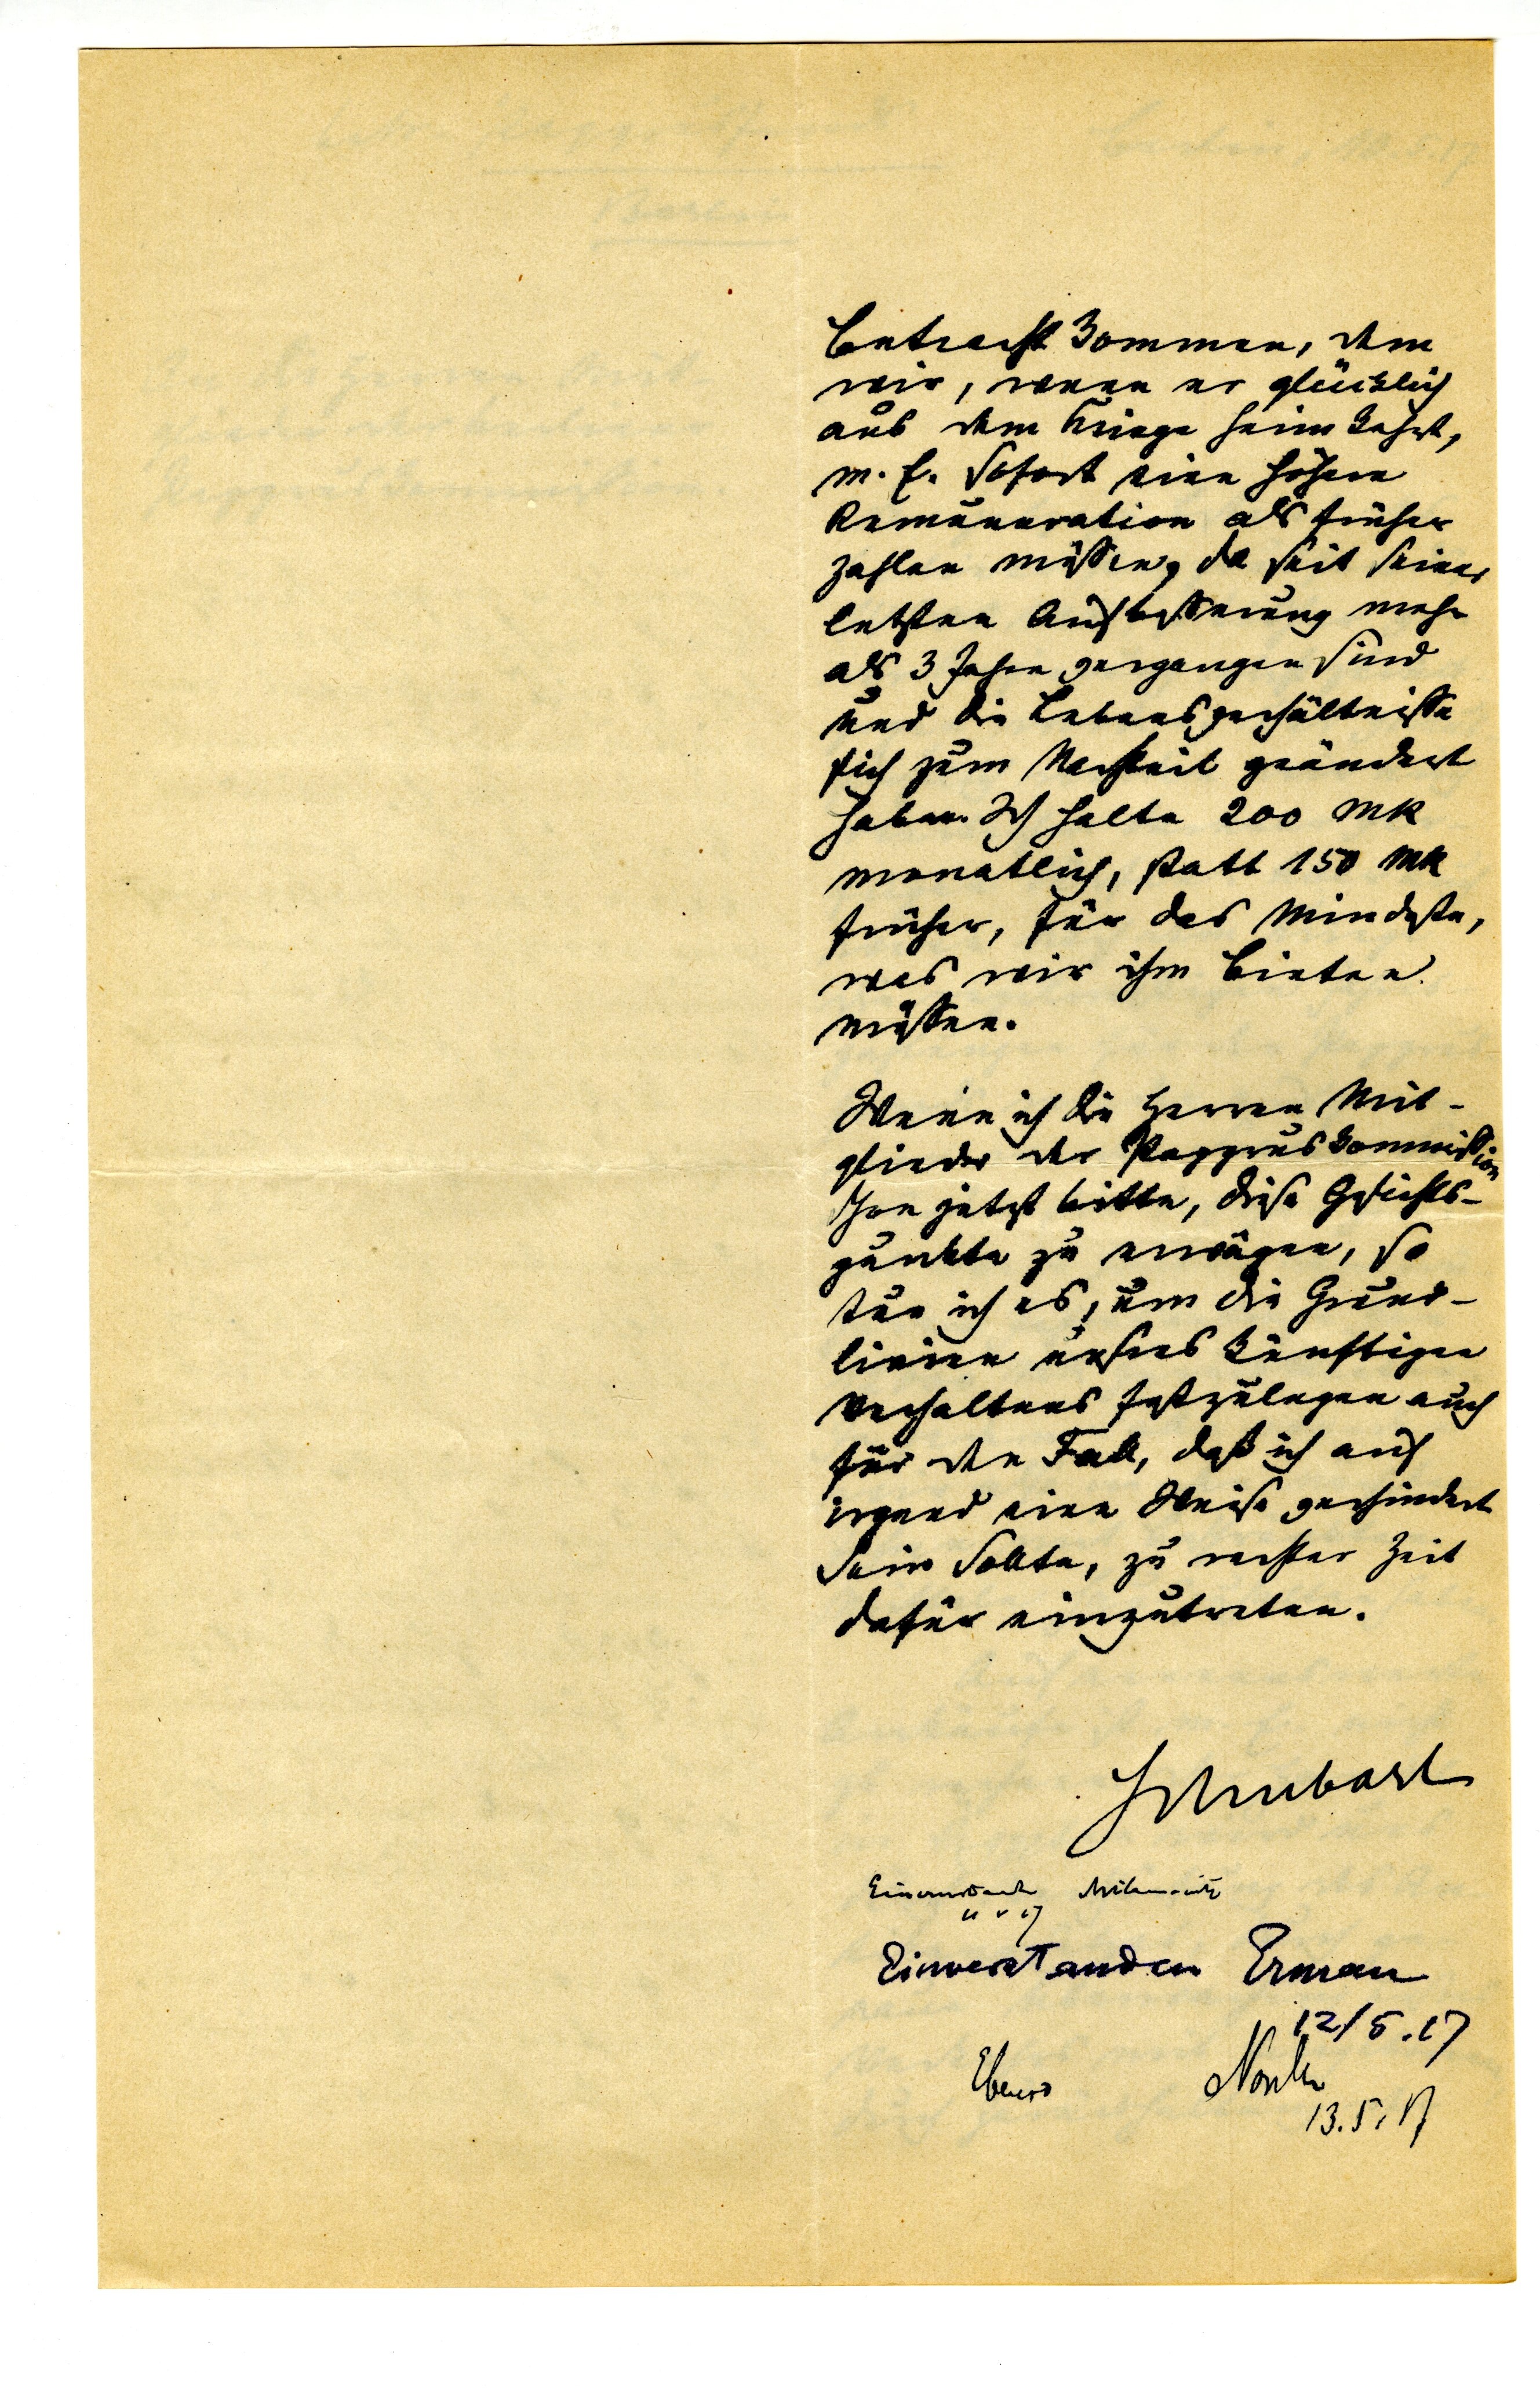
Betracht kommen, dem
wir, wenn er glücklich
aus dem Kriege Heim kehrt,
m.E. sofort eine höhere
Remuneration als früher
zahlen müssen, da seit seiner
letzten Aufbesserung mehr
als 3 Jahre gegangen sind
und die Lebensverhältnisse
sich zum Nachteil geändert
haben. Ich halte 200 Mk
monatlich, statt 150 MK
früher, für das mindeste,
was wir ihm bieten
müssen.
Wenn ich die Herren Mit¬
glieder der Papyruskommission
schon jetzt bitte, diese Geschäfts¬
punkte zu erwägen, so
tue ich es, um die Grund¬
linien unsres künftigen
Verhaltens festzulegen auch
für den Fall, daß ich auf
irgend eine Weise verhindert
sein sollte, zu rechter Zeit
dafür einzutreten.
Schubart